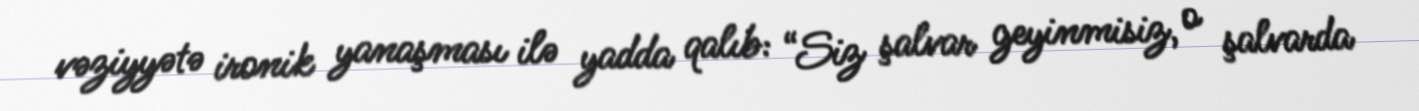
vəziyyətə ironik yanaşması ilə yadda qalıb: “Siz şalvar geyinmisiz, o şalvarda